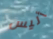
أليس